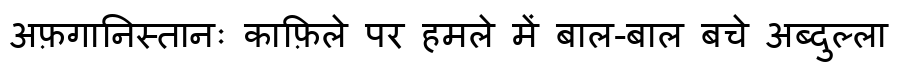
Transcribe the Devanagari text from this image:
अफ़गानिस्तानः काफ़िले पर हमले में बाल-बाल बचे अब्दुल्ला